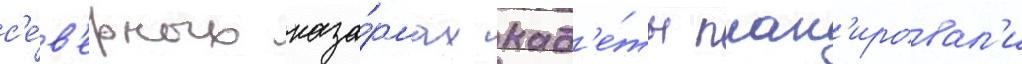
с'е́в'ерных каза́рмах кад'е́ты план'ировал'и